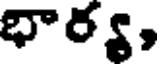
భార్య,